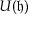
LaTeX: U ( { \mathfrak { h } } )